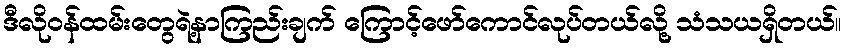
ဒီလိုဝန်ထမ်းတွေရဲ့နာကြည်းချက် ကြောင့်ဖော်ကောင်လုပ်တယ်လို့ သံသယရှိတယ်။